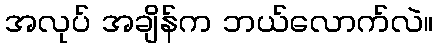
အလုပ် အချိန်က ဘယ်လောက်လဲ။